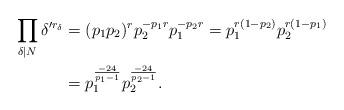
LaTeX: \begin{align*}\prod\limits_{\delta|N} \delta'^{r_\delta}&=(p_1p_2)^rp_2^{-p_1r}p_1^{-p_2r}=p_1^{r(1-p_2)}p_2^{r(1-p_1)}\\ &=p_1^{\frac{-24}{p_1-1}}p_2^{\frac{-24}{p_2-1}}.\end{align*}